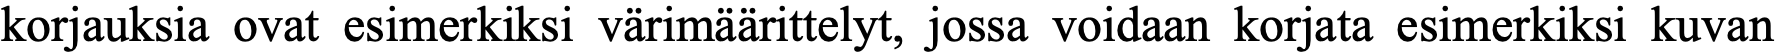
korjauksia ovat esimerkiksi värimäärittelyt, jossa voidaan korjata esimerkiksi kuvan